Vaccine operations Central Provinces & Berar 1912-1920 - 1912-1920
Year: 1912
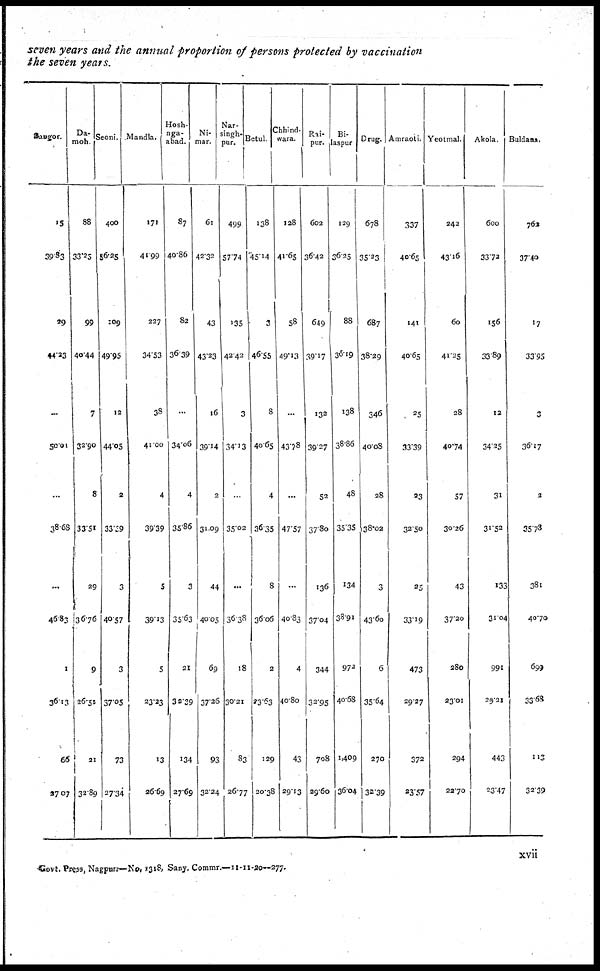
seven years and the annual proportion of persons protected by vaccination
the seven years.
Saugor.
15
39.83
29
44.23
...
50.01
...
38.68
...
46.83
1
36.13
66
27.07
Da-
moh.
88
33.25
99
40.44
7
32.90
8
33.51
29
36.76
9
26.51
21
32.89
Seoni.
400
56.25
109
49.95
12
44.05
2
33.09
3
40.57
3
37.05
73
27.34
Mandla.
171
41.99
227
34.53
38
41.00
4
39.39
5
39.13
5
23.23
13
26.69
Hosh¬
nga¬
abad.
87
40.86
82
36.39
...
34.06
4
35.86
3
35.63
21
32.29
134
27.69
Ni¬
mar.
61
42.32
43
43.23
16
39.14
2
31.09
44
40.05
69
37.26
93
32.24
Nar¬
singh¬
pur.
499
57.74
135
42.42
3
34.13
...
35.02
...
36.38
18
30.21
83
26.77
Betul
138
45.14
3
46.55
8
40.65
4
36.35
8
36.06
2
23.63
129
20.38
Chhind-
wara.
128
41.65
58
49.13
...
43.78
...
47.57
...
40.83
4
40.80
43
29.13
Rai-
pur.
602
36.42
649
39.17
132
39.27
52
37.80
136
37.04
344
32.95
708
29.60
Bi-
laspur
129
36.25
88
36.19
138
38.86
48
35.35
134
38.91
972
40.68
1,409
36.04
Drug.
678
35.23
687
38.29
346
40.08
28
38.02
3
43.60
6
35.64
270
32.39
Amraoti.
337
40.65
141
40.65
25
33.39
23
32.50
25
33.19
473
29.27
372
23.57
Yeotmal.
242
43.16
60
41.25
28
40.74
57
30.26
43
37.20
280
23.01
294
22.70
Akola.
600
33.72
156
33.89
12
34.25
31
31.52
133
31.04
991
29.21
443
23.47
Buldana.
762
37.40
17
33.95
3
36.17
2
35.73
381
40.70
699
33.68
113
32.39
xvii
Govt. Press, Nagpur—No. 1318,Sany. Commr.—11-11-20—277.